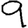
Digit: 9